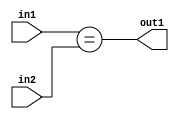
`timescale 1ps / 1ps
/*****************************************************************************
    Verilog RTL Description
    
    
    Created by: Stratus DpOpt 21.05.01 
*******************************************************************************/

module dut_Equal_14Ux2U_1U_4 (
	in2,
	in1,
	out1
	); /* architecture "behavioural" */ 
input [13:0] in2;
input [1:0] in1;
output  out1;
wire  asc001;

assign asc001 = (in1==in2);

assign out1 = asc001;
endmodule

/* CADENCE  urnzTAA= : u9/ySxbfrwZIxEzHVQQV8Q== ** DO NOT EDIT THIS LINE ******/